Vaccination report Assam 1896-1927 - 1896-1927
Year: 1896
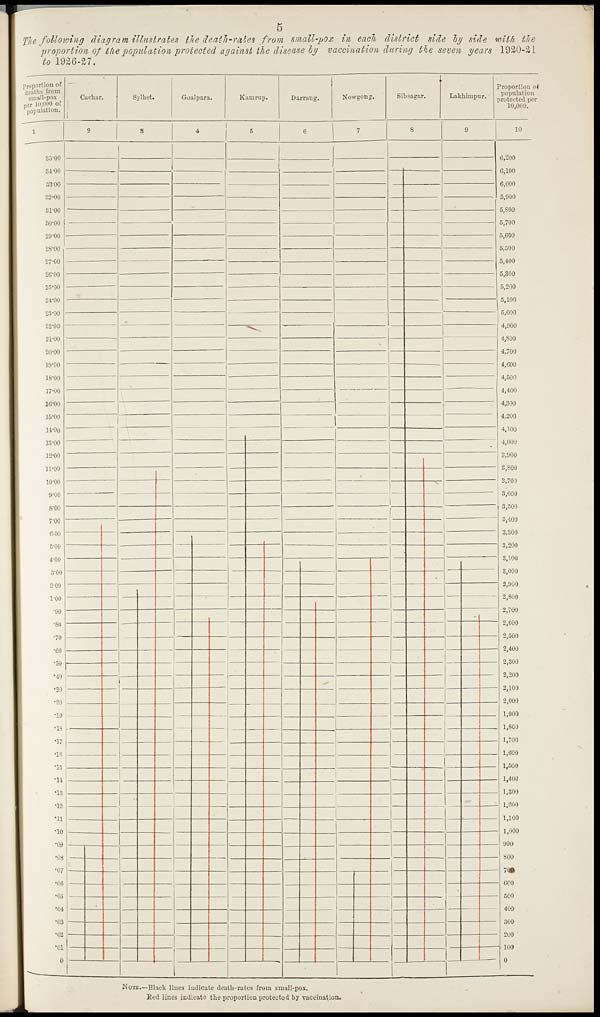
5
The following diagram illustrates the death-rates from small-pox in each district side by side with, the
proportion of the population protected against the disease by vaccination during the seven years 1920-21
to 1926-27.
NOTE.—Black lines indicate death-rates from small-pox.
Red lines indicate the proportion protected by vaccination.